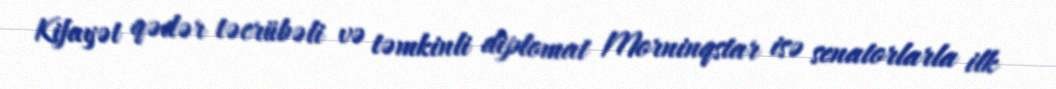
Kifayət qədər təcrübəli və təmkinli diplomat Morninqstar isə senatorlarla ilk